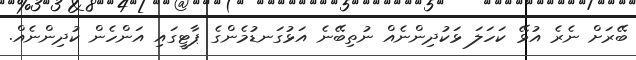
ބޭރަށް ނެރެ އުޅޭ ކަހަލަ ޅަކުދިންނެއް ނުތިބޭނެ އަޅުގަނޑުމެންގެ ޕާޓީގައި އަންހެން ކުދިންނެއް.